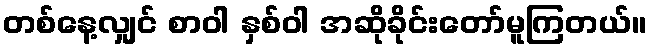
တစ်နေ့လျှင် စာဝါ နှစ်ဝါ အဆိုခိုင်းတော်မူကြတယ်။